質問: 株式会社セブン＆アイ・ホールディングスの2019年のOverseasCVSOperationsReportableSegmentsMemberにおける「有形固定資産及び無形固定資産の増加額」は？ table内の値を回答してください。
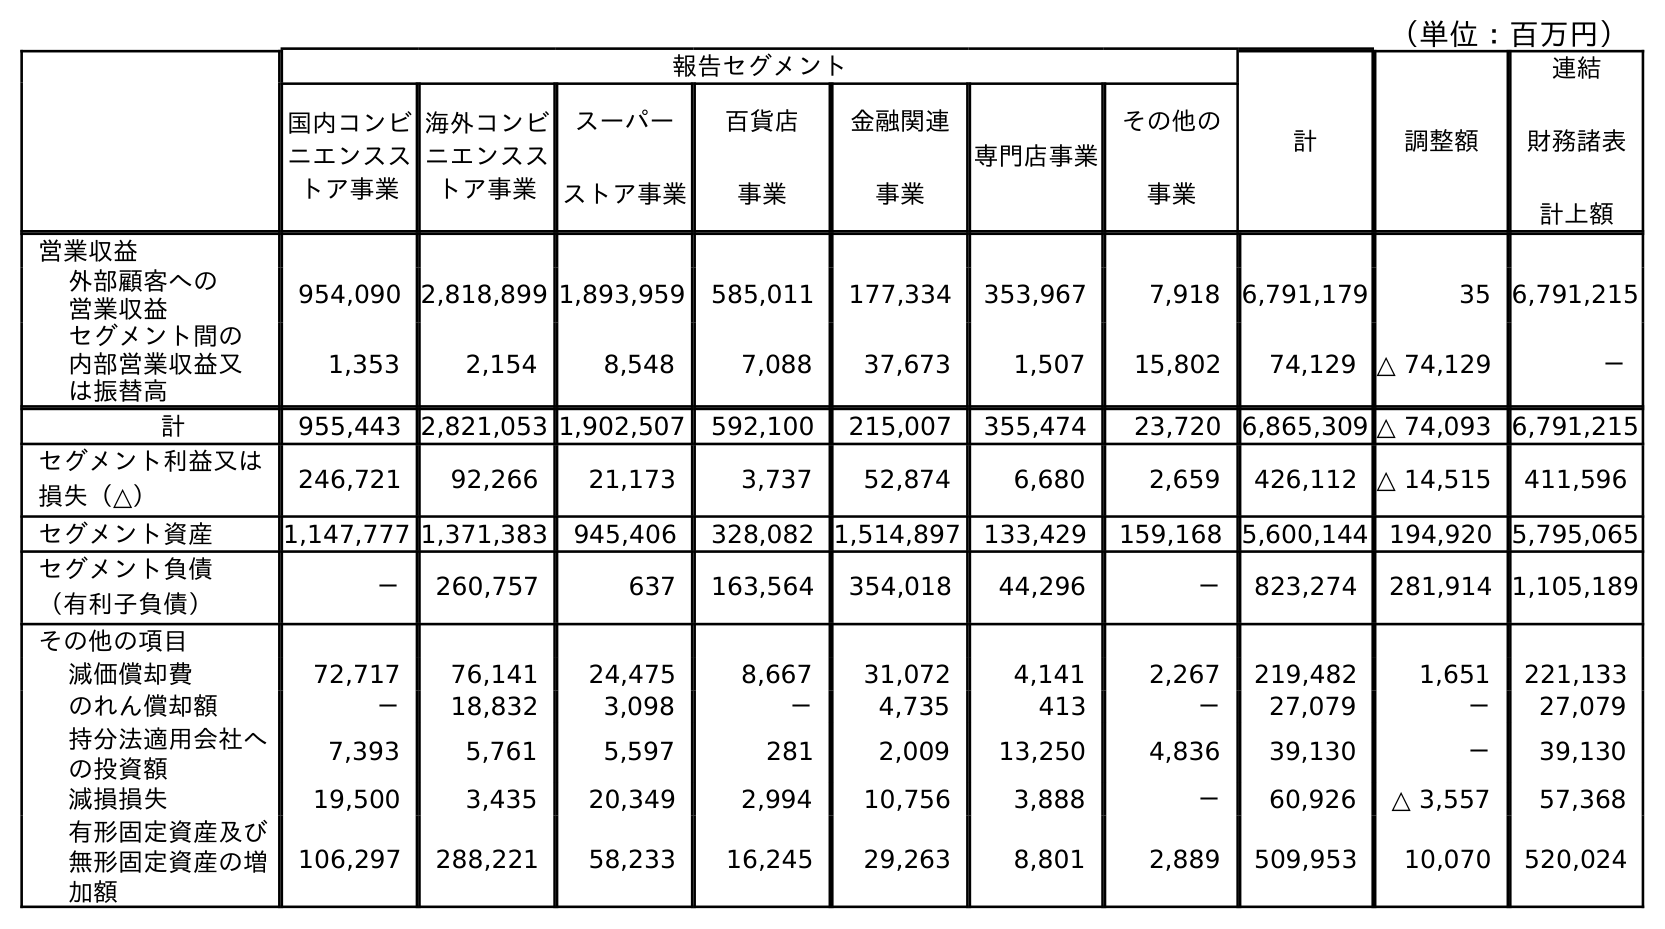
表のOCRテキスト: （単位：百万円） 報告セグメント 計 調整額 連結 財務諸表 計上額 国内コンビ ニエンスス トア事業 海外コンビ ニエンスス トア事業 スーパー ストア事業 百貨店 事業 金融関連 事業 専門店事業 その他の 事業 営業収益 外部顧客への 営業収益 954,090 2,818,899 1,893,959 585,011 177,334 353,967 7,918 6,791,179 35 6,791,215 セグメント間の 内部営業収益又 は振替高 1,353 2,154 8,548 7,088 37,673 1,507 15,802 74,129 △ 74,129 － 計 955,443 2,821,053 1,902,507 592,100 215,007 355,474 23,720 6,865,309 △ 74,093 6,791,215 セグメント利益又は 損失（△） 246,721 92,266 21,173 3,737 52,874 6,680 2,659 426,112 △ 14,515 411,596 セグメント資産 1,147,777 1,371,383 945,406 328,082 1,514,897 133,429 159,168 5,600,144 194,920 5,795,065 セグメント負債 （有利子負債） － 260,757 637 163,564 354,018 44,296 － 823,274 281,914 1,105,189 その他の項目 減価償却費 72,717 76,141 24,475 8,667 31,072 4,141 2,267 219,482 1,651 221,133 のれん償却額 － 18,832 3,098 － 4,735 413 － 27,079 － 27,079 持分法適用会社へ の投資額 7,393 5,761 5,597 281 2,009 13,250 4,836 39,130 － 39,130 減損損失 19,500 3,435 20,349 2,994 10,756 3,888 － 60,926 △ 3,557 57,368 有形固定資産及び 無形固定資産の増 加額 106,297 288,221 58,233 16,245 29,263 8,801 2,889 509,953 10,070 520,024
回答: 288,221